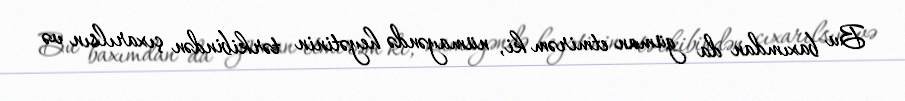
Bu baxımdan da güman etmirəm ki, nümayəndə heyətinin tərkibindən çıxarılsın və